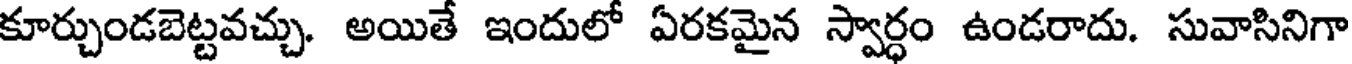
కూర్చుండబెట్టవచ్చు. అయితే ఇందులో ఏరకమైన స్వార్ధం ఉండరాదు. సువాసినిగా